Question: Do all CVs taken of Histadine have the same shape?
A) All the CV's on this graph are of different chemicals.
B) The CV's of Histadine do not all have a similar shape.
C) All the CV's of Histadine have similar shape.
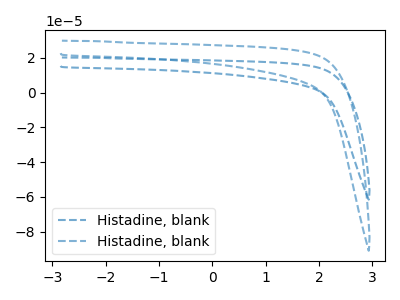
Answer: <think>The blue dashed curve "Histadine, blank1" has no peaks. The blue dashed curve "Histadine, blank2" has no peaks.
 Neither "Histadine, blank1" or "Histadine, blank2" have any peaks.</think>
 <answer>C) All the CV's of "Histadine" have similar shape.</answer>
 <eval>C</eval>